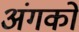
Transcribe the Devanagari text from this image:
अंगकों